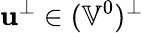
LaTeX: \mathbf{u}^{\perp}\in(\mathbb{{V}}^{0})^{\perp}